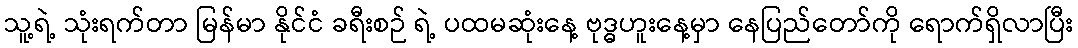
သူ့ရဲ့ သုံးရက်တာ မြန်မာ နိုင်ငံ ခရီးစဉ် ရဲ့ ပထမဆုံးနေ့ ဗုဒ္ဓဟူးနေ့မှာ နေပြည်တော်ကို ရောက်ရှိလာပြီး